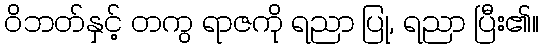
ဝိဘတ်နှင့် တကွ ရာဇကို ရညာ ပြု, ရညာ ပြီး၏။